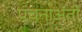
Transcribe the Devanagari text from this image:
पचनाअंती